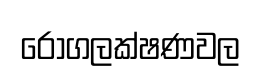
රෝගලක්ෂණවල